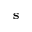
\mathbf { s }